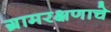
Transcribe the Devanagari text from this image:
ग्रामरक्षणाचे